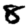
Digit: 8